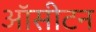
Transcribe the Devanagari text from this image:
ऑसीटन